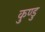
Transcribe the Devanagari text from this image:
कुण्डु